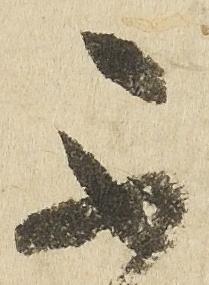
不